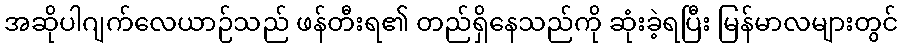
အဆိုပါဂျက်လေယာဉ်သည် ဖန်တီးရ၏ တည်ရှိနေသည်ကို ဆုံးခဲ့ရပြီး မြန်မာလများတွင်